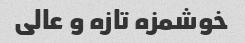
خوشمزه تازه و عالی